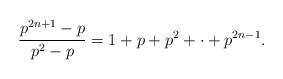
LaTeX: \begin{align*}\frac{p^{2n+1}-p}{p^2-p} = 1 + p + p^2 +\cdot + p^{2n-1}.\end{align*}